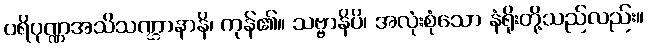
ပရိပုဏ္ဏအသိသဏ္ဌာနာနိ၊ ကုန်၏။ သဗ္ဗာနိပိ၊ အလုံးစုံသော နံရိုးတို့သည်လည်း။